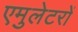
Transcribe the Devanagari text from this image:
एमुलेटरों